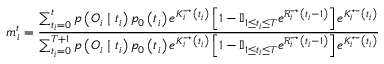
m _ { i } ^ { t } = \frac { \sum _ { t _ { i } = 0 } ^ { t } p \left( \boldsymbol { O } _ { i } \mid t _ { i } \right) p _ { 0 } \left( t _ { i } \right) e ^ { K _ { i } ^ { \rightarrow } \left( t _ { i } \right) } \left[ 1 - \mathbb { I } _ { 1 \leq t _ { i } \leq T } e ^ { \mathcal { R } _ { i } ^ { \rightarrow } \left( t _ { i } - 1 \right) } \right] e ^ { K _ { i } ^ { \leftarrow } \left( t _ { i } \right) } } { \sum _ { t _ { i } = 0 } ^ { T + 1 } p \left( \boldsymbol { O } _ { i } \mid t _ { i } \right) p _ { 0 } \left( t _ { i } \right) e ^ { K _ { i } ^ { \rightarrow } \left( t _ { i } \right) } \left[ 1 - \mathbb { I } _ { 1 \leq t _ { i } \leq T } e ^ { \mathcal { R } _ { i } ^ { \rightarrow } \left( t _ { i } - 1 \right) } \right] e ^ { K _ { i } ^ { \leftarrow } \left( t _ { i } \right) } }